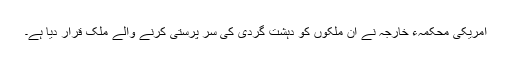
امریکی محکمہء خارجہ نے ان ملکوں کو دہشت گردی کی سر پرستی کرنے والے ملک قرار دیا ہے۔